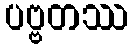
ပဗ္ဗတဿ